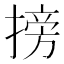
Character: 搒